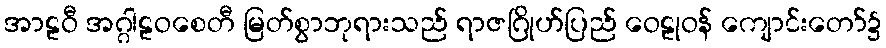
အာဠဝီ အဂ္ဂါဠဝစေတီ မြတ်စွာဘုရားသည် ရာဇဂြိုဟ်ပြည် ဝေဠုဝန် ကျောင်းတော်၌